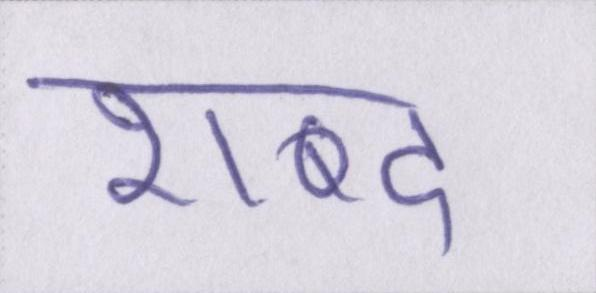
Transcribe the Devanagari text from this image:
शब्द